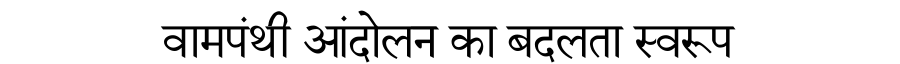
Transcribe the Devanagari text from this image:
वामपंथी आंदोलन का बदलता स्वरूप